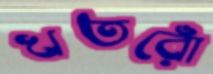
খতরোঁ